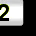
Digit: 2